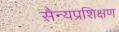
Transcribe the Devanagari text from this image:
सैन्यप्रशिक्षण